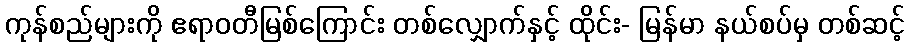
ကုန်စည်များကို ဧရာဝတီမြစ်ကြောင်း တစ်လျှောက်နှင့် ထိုင်း- မြန်မာ နယ်စပ်မှ တစ်ဆင့်